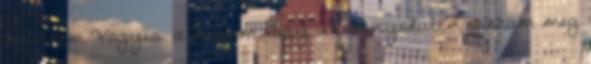
nővérem Vagyis. a húgom.vagy. ez bonyolult - ráztam meg